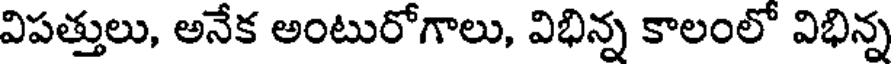
విపత్తులు, అనేక అంటురోగాలు, విభిన్న కాలంలో విభిన్న